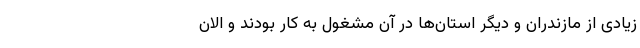
زیادی از مازندران و دیگر استان‌ها در آن مشغول به کار بودند و الان